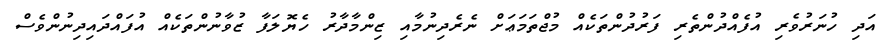
އަދި ހުނަރުވެރި އުފެއްދުންތެރި ފަރުދުންތަކެއް މުޖްތަމަޢަށް ނެރެދިނުމާއި ޒިންމާދާރު ހެޔޮލަފާ ޒުވާނުންތަކެއް އުފައްދައިދިނުންވެސް